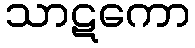
သာဋကော